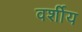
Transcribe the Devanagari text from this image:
वर्शीय